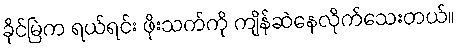
ခိုင်မြဲက ရယ်ရင်း ဖိုးသက်ကို ကျိန်ဆဲနေလိုက်သေးတယ်။